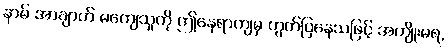
နာမ် အာချာတ် မကျေသူကို ဤနေရာကျမှ တွက်ပြနေသဖြင့် အကျိုးမရ,